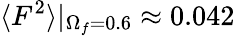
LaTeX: \langle F^{2}\rangle|_{\Omega_{f}=0.6}\approx 0.042